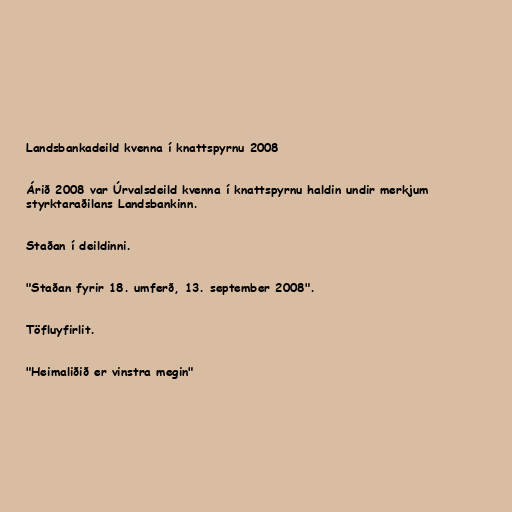
Landsbankadeild kvenna í knattspyrnu 2008

Árið 2008 var Úrvalsdeild kvenna í knattspyrnu haldin undir merkjum
styrktaraðilans Landsbankinn.

Staðan í deildinni.

"Staðan fyrir 18. umferð, 13. september 2008".

Töfluyfirlit.

"Heimaliðið er vinstra megin"